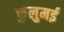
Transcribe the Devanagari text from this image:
फुलुमई